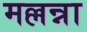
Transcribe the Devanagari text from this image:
मल्लन्ना